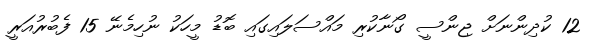
12 ކުދިންނަށް ޖިންސީ ގޯނާކުރި މައްސަލައިގައި ބޮޑު މީހަކު ނުހިމެނޭ 15 ފެބުރުއަރީ